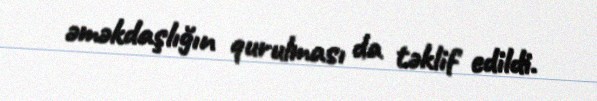
əməkdaşlığın qurulması da təklif edildi.